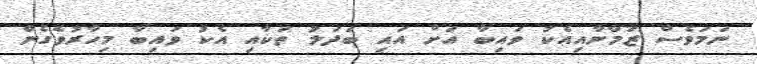
ނަމަވެސް ޒަމާނާއިއެކު ވައިބާ އަށް އައި ބަދަލު ތަކާއި އެކު ވައިބާ މިހާރުވެގެން